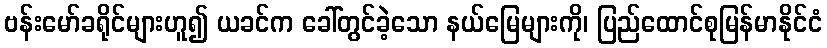
ဗန်းမော်ခရိုင်များဟူ၍ ယခင်က ခေါ်တွင်ခဲ့သော နယ်မြေများကို၊ ပြည်ထောင်စုမြန်မာနိုင်ငံ